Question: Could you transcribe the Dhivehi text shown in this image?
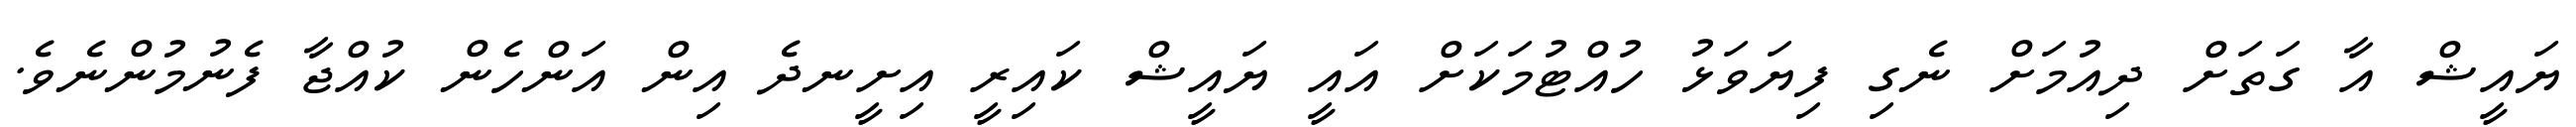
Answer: ޔައީޝް އާ ގަތަށް ދިއުމަށް ނެގި ފިޔަވަޅު ހުއްޓުމަކަށް އައީ ޔައީޝް ކައިރީ އިށީނދެ އިން އަންހެން ކުއްޖާ ފެނުމުންނެވެ.